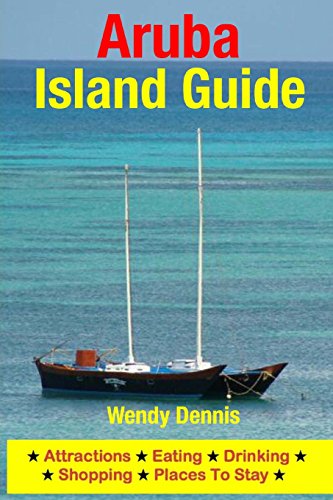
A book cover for Aruba Island Guide: Attractions, Eating, Drinking, Shopping & Places To Stay; Wendy Dennis; Travel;